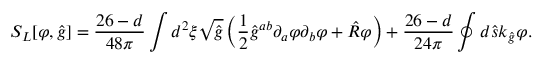
{ S _ { L } } [ \varphi , \hat { g } ] = { \frac { 2 6 - d } { 4 8 \pi } } \int { d ^ { 2 } } \xi \sqrt { \hat { g } } \left( { \frac { 1 } { 2 } } { \hat { g } ^ { a b } } { \partial _ { a } } \varphi { \partial _ { b } } \varphi + \hat { R } \varphi \right) + { \frac { 2 6 - d } { 2 4 \pi } } \oint { d } \hat { s } { k _ { \hat { g } } } \varphi .